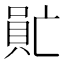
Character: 𠺯